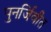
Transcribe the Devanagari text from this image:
पुनर्जिवीत